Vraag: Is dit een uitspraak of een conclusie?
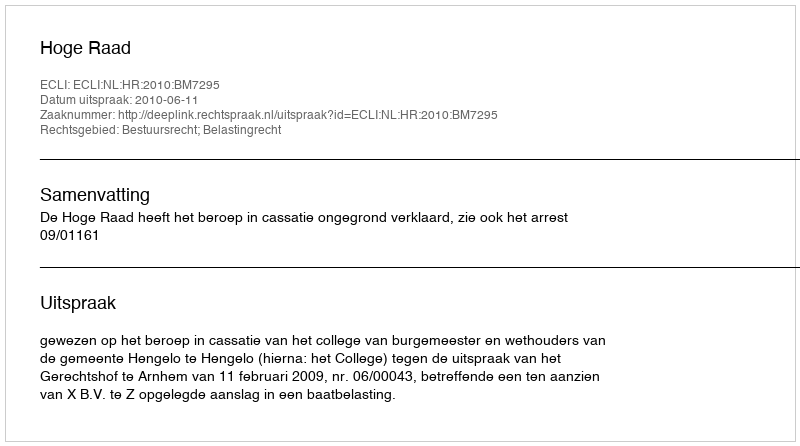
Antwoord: Uitspraak